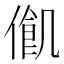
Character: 𠍃